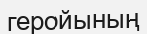
геройының